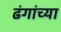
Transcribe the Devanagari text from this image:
ढंगांच्या